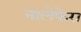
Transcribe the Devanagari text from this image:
नालेफेरा